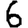
Digit: 6